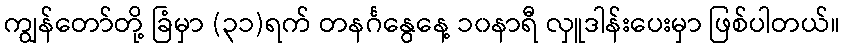
ကျွန်တော်တို့ ခြံမှာ (၃၁)ရက် တနင်္ဂနွေနေ့ ၁၀နာရီ လှူဒါန်းပေးမှာ ဖြစ်ပါတယ်။